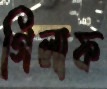
গিলাফ